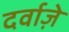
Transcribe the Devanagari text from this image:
दर्वाज़े